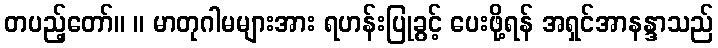
တပည့်တော်။ ။ မာတုဂါမများအား ရဟန်းပြုခွင့် ပေးဖို့ရန် အရှင်အာနန္ဒာသည်